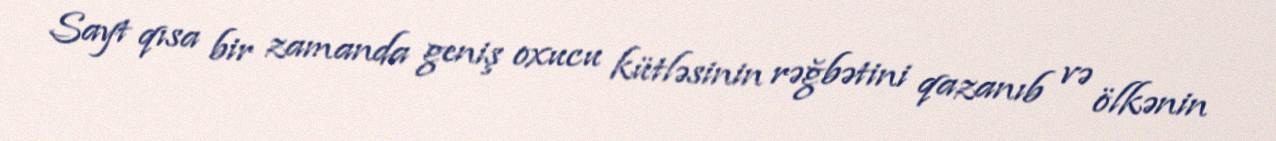
Sayt qısa bir zamanda geniş oxucu kütləsinin rəğbətini qazanıb və ölkənin